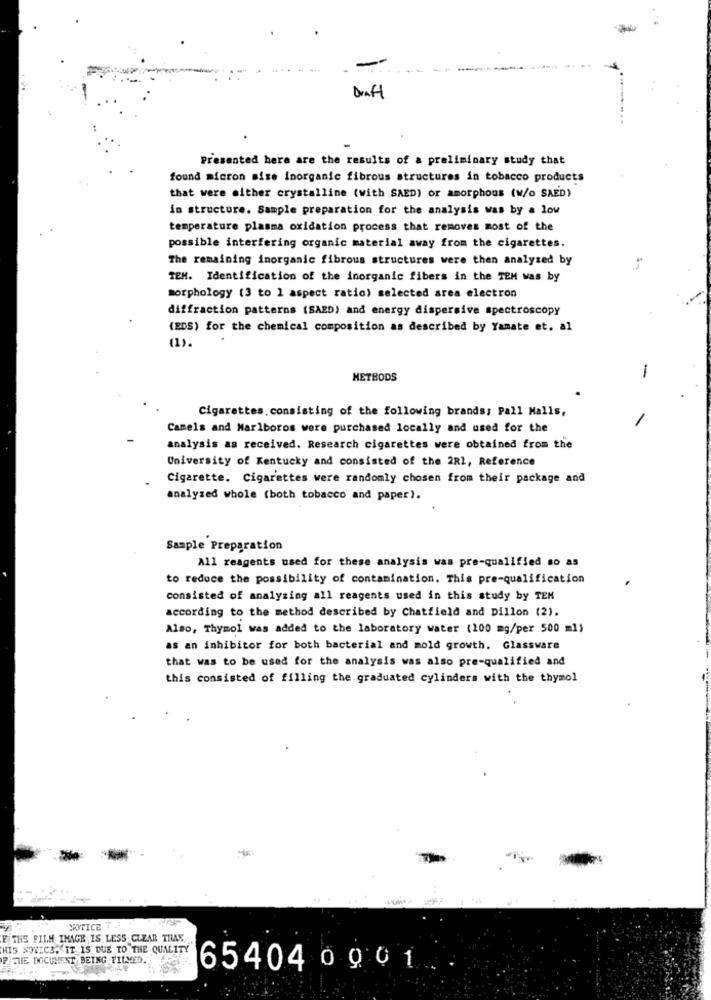
Presented here are the results of a preliminary study that
found micron sise inorganic fibrous structures in tobacco products
that were either crystalline (with SAED) or amorphous (w/o SAED)
in structure. Sample preparation for the analysis was by a low
temperature plasma oxidation process that removes most of the
possible interfering organic material away from the cigarettes.
The remaining inorganic fibrous structures were then analyzed by
TEM. Identification of the inorganic fibers in the TEM was by
morphology (3 to 1 aspect ratio) selected area electron
diffraction patterns (SAED) and energy dispersive spectroscopy
(EDS) for the chemical composition as described by Yamate et. al
(1).
-
METHODS
Cigarettes, consisting of the following brands; Pall Malls,
Camels and Marlboros were purchased locally and used for the
analysis as received. Research cigarettes were obtained from the
University of Kentucky and consisted of the 2R2, Reference
Cigarette. Cigarettes were randomly chosen from their package and
analyzed whole (both tobacco and paper).
Sample Preparation
All reagents used for these analysis was pre-qualified so as
to reduce the possibility of contamination. This pre-qualification
consisted of analyzing all reagents used in this study by TEM
according to the method described by Chatfield and Dillon (2).
Also, Thymol was added to the laboratory water (100 mg/per 500 ml)
as an inhibitor for both bacterial and mold growth. Glassware
that was to be used for the analysis was also pre-qualified and
this consisted of filling the graduated cylinders with the thymol
NOTICE
E THE FILM IMAGE IS LESS CLEAR THAK
THIS NOVEC3, IT. 15 DUE TO THE QUALITY
PATHE DOCUMENT BEING PILMED.
65404 0 001